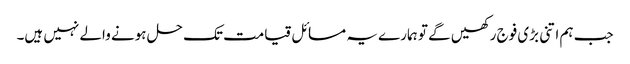
جب ہم اتنی بڑی فوج رکھیں گے تو ہمارے یہ مسائل قیامت تک حل ہونے والے نہیں ہیں۔